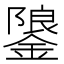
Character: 𮢳